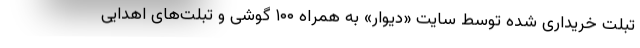
تبلت خریداری شده توسط سایت «دیوار» به همراه ۱۰۰ گوشی و تبلت‌های اهدایی